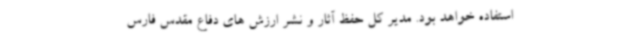
استفاده خواهد بود. مدیر کل حفظ آثار و نشر ارزش های دفاع مقدس فارس